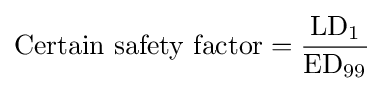
{\text{Certain safety factor}}=\mathrm {\frac {LD_{1}}{ED_{99}}}